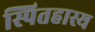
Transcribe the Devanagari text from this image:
स्पितहास्य